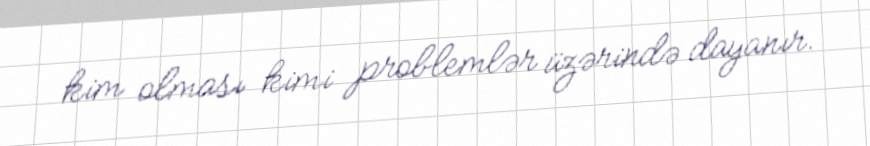
kim olması kimi problemlər üzərində dayanır.